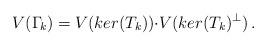
LaTeX: \begin{align*}V(\Gamma_{\!k})=V(ker(T_k)){\cdot}V(ker(T_k)^{\perp})\,. \end{align*}